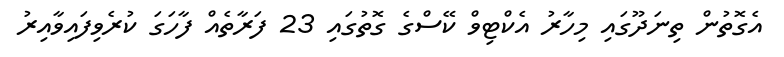
އެގޮތުން ތިނަދޫގައި މިހާރު އެކްޓިވް ކޭސްގެ ގޮތުގައި 23 ފަރާތެއް ފާހަގަ ކުރެވިފައިވާއިރު